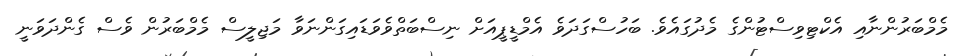
މެމްބަރުންނާއި އެކްޓިވިސްޓުންގެ މެދުގައެވެ. ބަހުސްގަދަވެ އެމްޑީޕީއަށް ނިސްބަތްވެވަޑައިގަންނަވާ މަޖިލީސް މެމްބަރުން ވެސް ގެންދަވަނީ